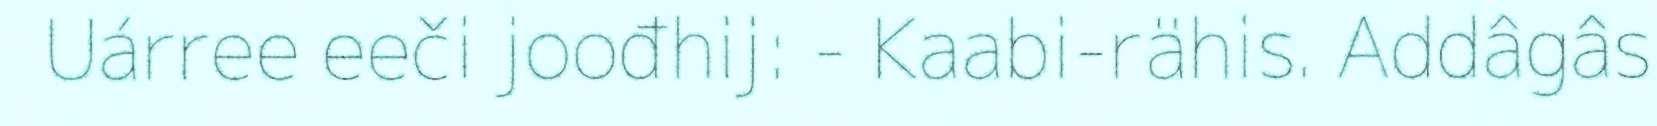
Uárree eeči joođhij: - Kaabi-rähis. Addâgâs